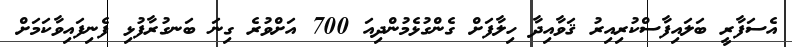
އެސަފާރީ ބަލައިފާސްކުރިއިރު ޤަވާއިދާ ހިލާފަށް ގެންގުޅެމުންދިއަ 700 އަށްވުރެ ގިނަ ބަނގުރާފުޅި ފެނިފައިވާކަމަށް